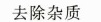
去除杂质